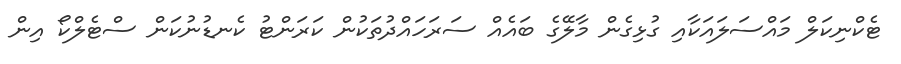
ޓެކްނިކަލް މައްސަލައަކާއި ގުޅިގެން މާލޭގެ ބައެއް ސަރަހައްދުތަކުން ކަރަންޓު ކެނޑުނުކަން ސްޓެލްކޯ އިން